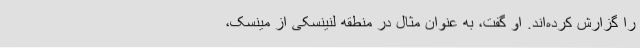
را گزارش کرده‌اند. او گفت، به عنوان مثال در منطقه لنینسکی از مینسک،